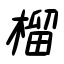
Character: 榴